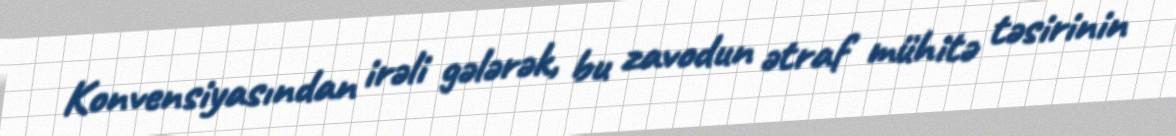
Konvensiyasından irəli gələrək, bu zavodun ətraf mühitə təsirinin